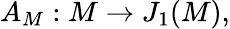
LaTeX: A_{M}:M\to J_{1}(M),